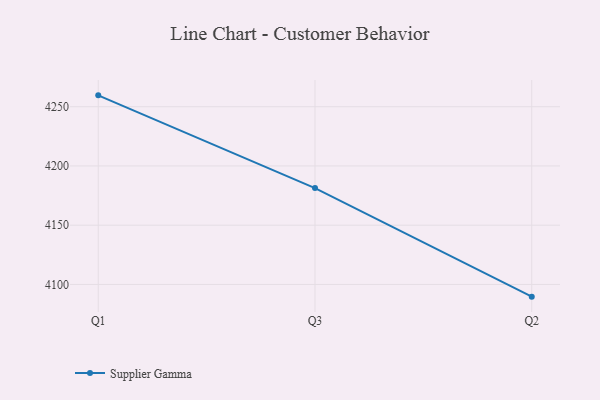
{"axis": {"x": "Quarter", "y": "Shipments"}, "legend": ["Supplier Gamma"], "data": [{"x": "Q1", "y": 4259.6, "type": "Supplier Gamma"}, {"x": "Q3", "y": 4181.3, "type": "Supplier Gamma"}, {"x": "Q2", "y": 4089.7, "type": "Supplier Gamma"}]}